Annual administration report of the Civil Veterinary Department of India - 1895-1896
Year: 1895
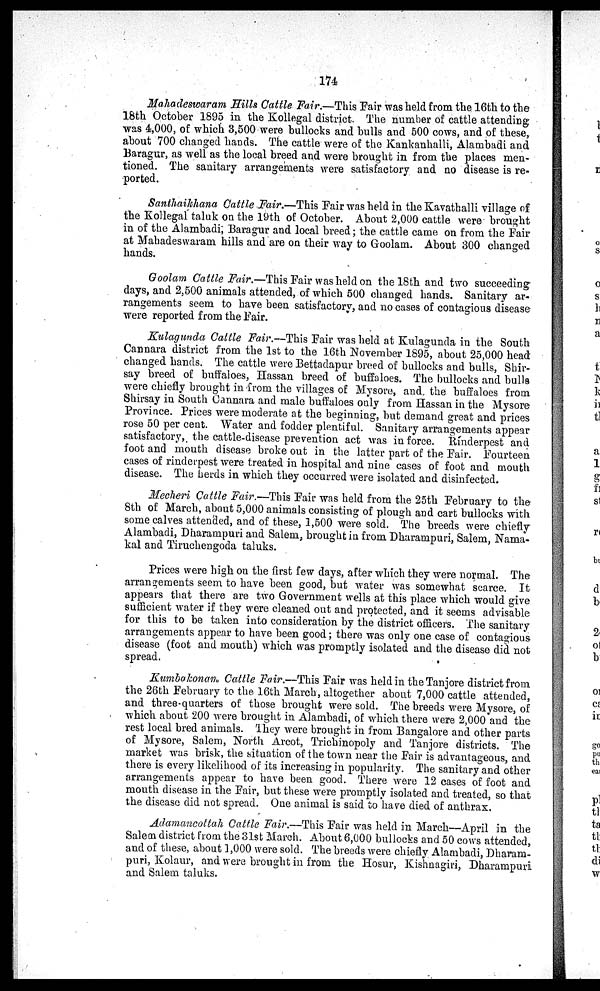
174
Mahadeswaram Sills Cattle Fair.—This Fair was held from the 16th to the
18th October 1895 in the Kollegal district. The number of cattle attending
was 4,000, of which 3,500 were bullocks and bulls and 500 cows, and of these,
about 700 changed hands. The cattle were of the Kankanhalli, Alambadi and
Baragur, as well as the local breed and were brought in from the places men-
tioned. The sanitary arrangements were satisfactory and no disease is re-
ported.
Santhaikhana Cattle Fair.—This Fair was held in the Kavathalli village of
the Kollegal taluk on the 19th of October. About 2,000 cattle were brought
in of the Alambadi, Baragur and local breed; the cattle came on from the Fair
at Mahadeswaram hills and are on their way to Goolam. About 300 changed
hands.
Goolam Cattle Fair.—This Fair was held on the 18th and two succeeding
days, and 2,500 animals attended, of which 500 changed hands. Sanitary ar-
rangements seem to have been satisfactory, and no cases of contagious disease
were reported from the Fair.
Kulagunda Cattle Fair.—This Fair was held at Kulagunda in the South
Cannara district from the 1st to the 16th November 1895, about 25,000 head
changed hands. The cattle were Bettadapur breed of bullocks and bulls, Shir-
say breed of buffaloes, Hassan breed of buffaloes. The bullocks and bulls
were chiefly brought in from the villages of Mysore, and the buffaloes from
Shirsay in South Cannara and male buffaloes only from Hassan in the Mysore
Province. Prices were moderate at the beginning, but demand great and prices
rose 50 per cent. Water and fodder plentiful. Sanitary arrangements appear
satisfactory, the cattle-disease prevention act was in force. Rinderpest and
foot and mouth disease broke out in the latter part of the Fair. Fourteen
cases of rinderpest were treated in hospital and nine cases of foot and mouth
disease. The herds in which they occurred were isolated and disinfected.
Mecheri Cattle Fair.—This Fair was held from the 25th February to the
8th of March, about 5,000 animals consisting of plough and cart bullocks with
some calves attended, and of these, 1,500 were sold. The breeds were chiefly
Alambadi, Dharampuri and Salem, brought in from Dharampuri, Salem, Nama-
kal and Tiruchengoda taluks.
Prices were high on the first few days, after which they were normal. The
arrangements seem to have been good, but water was somewhat scarce. It
appears that there are two Government wells at this place which would give
sufficient water if they were cleaned out and protected, and it seems advisable
for this to be taken into consideration by the district officers. The sanitary
arrangements appear to have been good; there was only one case of contagious
disease (foot and mouth) which was promptly isolated and the disease did not
spread.
Kumbakonan Cattle Fair.—This Fair was held in the Tanjore district from
the 26th February to the 16th March, altogether about 7,000 cattle attended,
and three-quarters of those brought were sold. The breeds were Mysore, of
which about 200 were brought in Alambadi, of which there were 2,000 and the
rest local bred animals. They were brought in from Bangalore and other parts
of Mysore, Salem, North Arcot, Trichinopoly and Tanjore districts. The
market was brisk, the situation of the town near the Fair is advantageous, and
there is every likelihood of its increasing in popularity. The sanitary and other
arrangements appear to have been good. There were 12 cases of foot and
mouth disease in the Fair, but these were promptly isolated and treated, so that
the disease did not spread. One animal is said to have died of anthrax.
Adamancottah Cattle Fair.—This Fair was held in March—April in the
Salem district from the 31st March. About 6,000 bullocks and 50 cows attended,
and of these, about 1,000 were sold. The breeds were chiefly Alambadi, Dharam-
puri, Kolaur, and were brought in from the Hosur, Kishnagiri, Dharampuri
and Salem taluks.